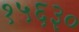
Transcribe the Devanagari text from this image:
१५६३०